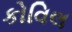
કોવિલ